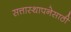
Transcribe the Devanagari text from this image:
सत्तास्थापनेसाठी